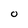
Character: 0